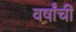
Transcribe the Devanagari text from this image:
वर्षांंची